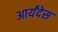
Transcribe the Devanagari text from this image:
आर्यंदेस